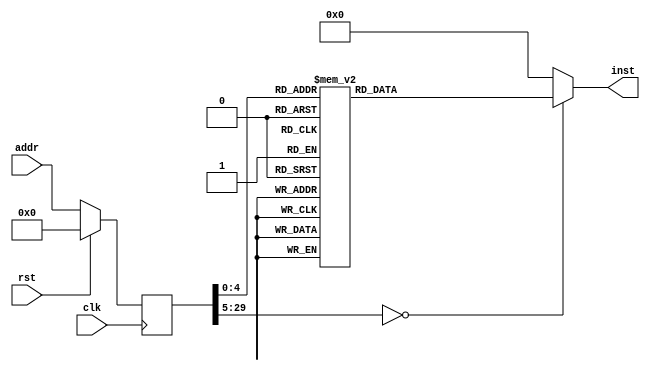
module echo(input clk, input rst, input [29:0] addr, output reg [31:0] inst);
reg [29:0] addr_r;
always @(posedge clk)
begin
addr_r <= (rst) ? (30'b0) : (addr);
end
always @(*)
begin
case(addr_r)
30'h00000000: inst = 32'h37070010;
30'h00000001: inst = 32'h13070704;
30'h00000002: inst = 32'hef004000;
30'h00000003: inst = 32'h130707fe;
30'h00000004: inst = 32'h232e2700;
30'h00000005: inst = 32'h13010702;
30'h00000006: inst = 32'h13000000;
30'h00000007: inst = 32'h37080080;
30'h00000008: inst = 32'h03280800;
30'h00000009: inst = 32'h13782800;
30'h0000000a: inst = 32'he30a08fe;
30'h0000000b: inst = 32'h37080080;
30'h0000000c: inst = 32'h13084800;
30'h0000000d: inst = 32'h03280800;
30'h0000000e: inst = 32'ha30701ff;
30'h0000000f: inst = 32'h13000000;
30'h00000010: inst = 32'h37080080;
30'h00000011: inst = 32'h03280800;
30'h00000012: inst = 32'h13781800;
30'h00000013: inst = 32'he30a08fe;
30'h00000014: inst = 32'h37080080;
30'h00000015: inst = 32'h13088800;
30'h00000016: inst = 32'h8348f1fe;
30'h00000017: inst = 32'h23201801;
30'h00000018: inst = 32'h13000000;
30'h00000019: inst = 32'h6ff05ffb;
default:      inst = 32'h00000000;
endcase
end
endmodule